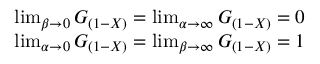
\begin{array} { r } { \operatorname* { l i m } _ { \beta \to 0 } G _ { ( 1 - X ) } = \operatorname* { l i m } _ { \alpha \to \infty } G _ { ( 1 - X ) } = 0 } \\ { \operatorname* { l i m } _ { \alpha \to 0 } G _ { ( 1 - X ) } = \operatorname* { l i m } _ { \beta \to \infty } G _ { ( 1 - X ) } = 1 } \end{array}